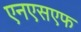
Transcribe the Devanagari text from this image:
एनएसएफ